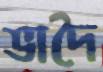
ভাদৈ